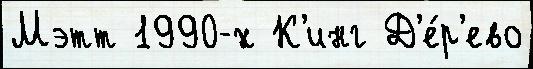
Мэтт 1990-х К'инг Д'е́р'ево